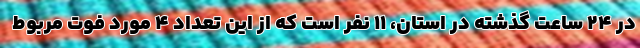
در ۲۴ ساعت گذشته در استان، ۱۱ نفر است که از این تعداد ۴ مورد فوت مربوط